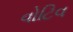
વોટિવ